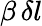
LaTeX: \beta\, \delta l